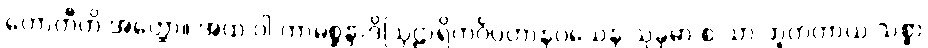
ဟောတီတိ အတ္ထော။ အထ ဝါ ကာမစ္ဆန္ဒာဒိဩဠာရိကင်္ဂပ္ပဟာနဝသေန သုခုမာ စ သာ ဘူတတာယ သစ္စာ